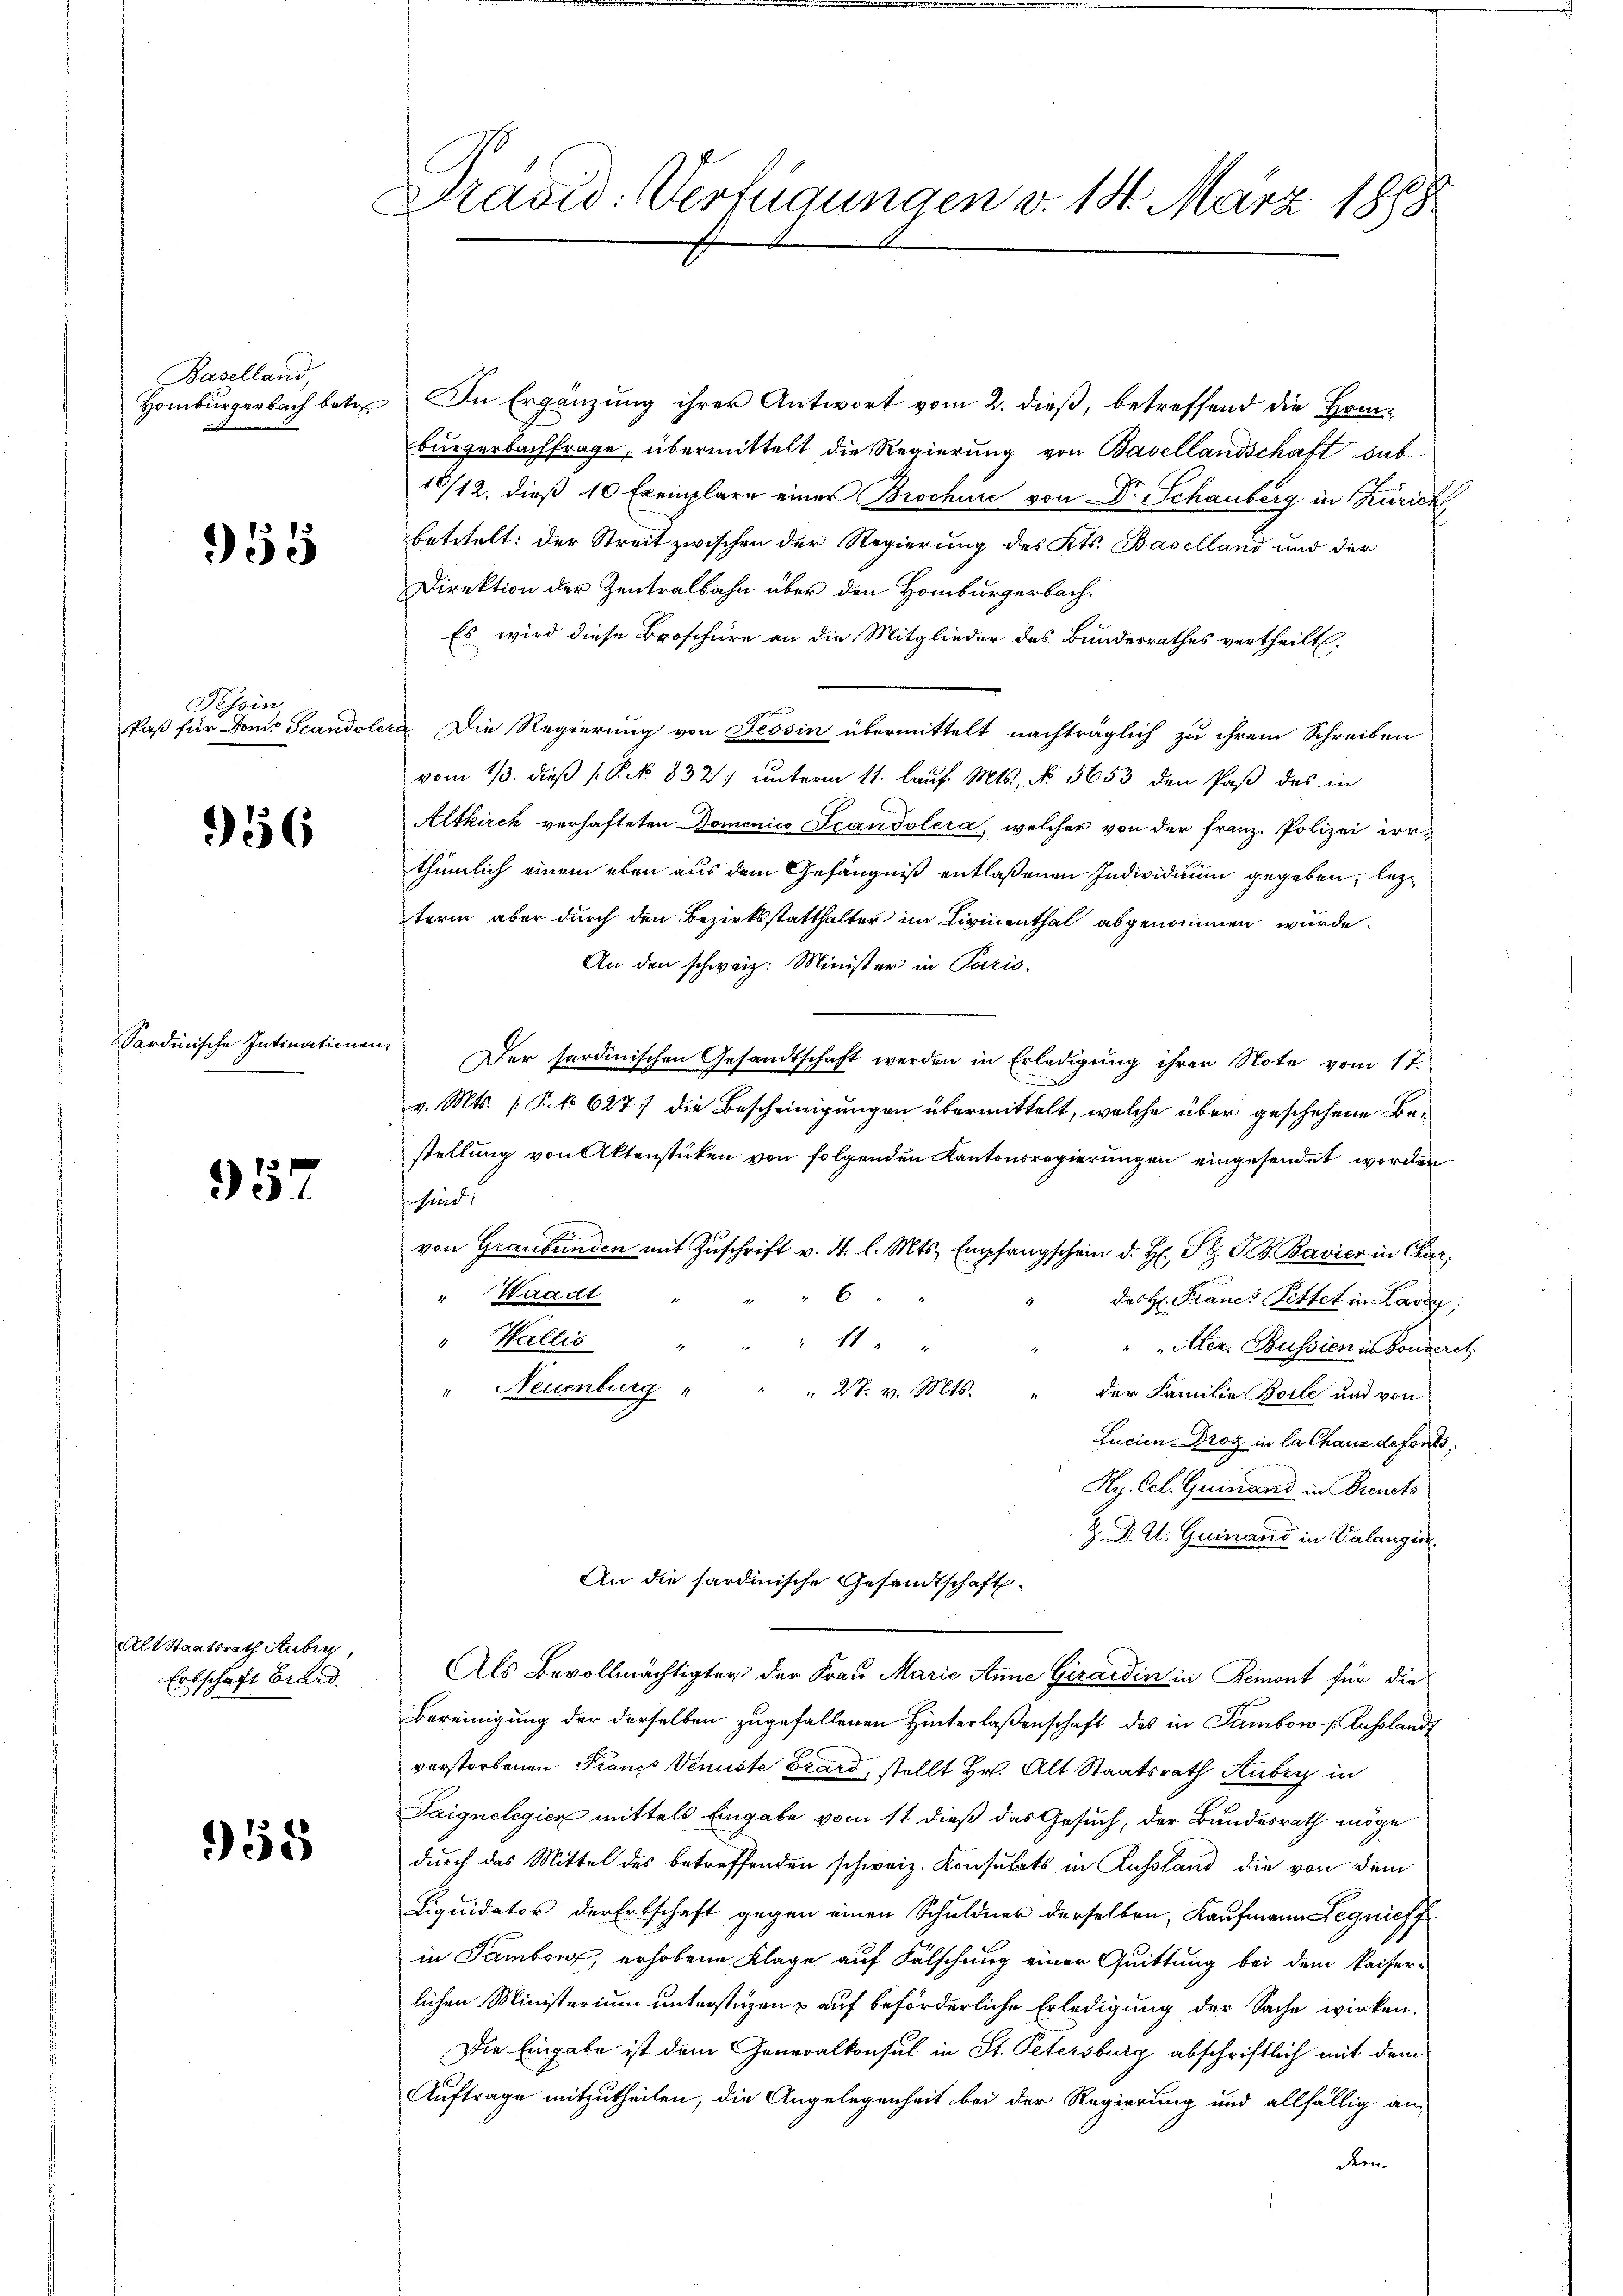
Baselland,
Homburgerbach betr

955

Tessin
Paß für Dom. Scandole

56

Sardinische Intimationen

957

Alt Staatsrath Aubry,
Ertschaft Brand.

958

Präsid. Verfügungen v. 18. März 1898

In Ergänzung ihrer Antwort vom 2. dieß, betreffend die Hombürgerbachfrage, übermittelt die Regierung von Basellandschaft sub
10/12. dieß 10 Exemplare einer Brochüre von Dr Schauberg in Zürich
betitelt: der Streit zwischen der Regierung des Kts. Baselland und der
Direktion der Zentralbahn über den Homburgerbach.
Es wird diese Broschüre an die Mitglieder des Bundesrathes vertheilt.
f
Die Regierung von Tessin übermittelt nachträglich zu ihrem Schreiben
vom 13. dieβ ( P. Nr. 832. unterm 11. laŭf. Mts., No. 5653 den Paß des in
Altkirch verhafteten Domenico Scandolera, welcher von der franz. Polizei irrthümlich einem eben aus dem Gefängniß entlaßenen Individuum gegeben, lezterm aber durch den Bezirksstatthalter im Livinenthal abgenommen wurde.
An den schweiz. Minister in Paris.
Der sardinischen Gesandtschaft werden in Erledigung ihrer Note vom 17.
v. Mts. (P. 627. die Bescheinigungen übermittelt, welche über geschehene Bestellung von Aktenstücken von folgenden Kantonsregierungen eingesendet worden
 sind.
von Graubünden mit Zŭschrift v. 4. l. Mts. Empfangschein d. H. St. G. B. Bavier in Char
6
" Waadt
des H: Francs Rittel in Lardy,
" Wallis
11
" "Alca. Bussien in Sonderet.
Neuenburg " " " 27. v. Mts.
der Familie Bolle und von
1
Lucien Droz in la Chaus defons,
Hy. Cel. Quinand in Brents
Z. D. R. Guinand in Valangin
An die sardinische Gesandtschaft
Als Bevollmächtigter der Frau Marie Anne Girardin in Bemont für die
Bereinigung der derselben zugefallenen Hinterlaßenschaft des in Sambow s. Russland
verstorbenen Franz Venuste Brand, stellt Hr. Alt Staatsrath Huber in
Saignelegier mittels Eingabe vom 11. dieß das Gesuch; der Bundesrath möge
durch das Mittel des betreffenden schweiz. Konsulats in Russland die von dem
Liquidator der Erbschaft gegen einen Schuldner derselben, Kaufmann Regnieff
in Tambour, erhobene Klage auf Fälschung einer Quittung bei dem kaiser-
lichen Ministerium unterstüzen & auf beförderliche Erledigung der Sache wirken.
Die Eingabe ist dem Generalkonsul in St. Petersburg abschriftlich mit dem
Auftrage mitzutheilen, die Angelegenheit bei der Regierung und allfällig an
dern